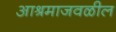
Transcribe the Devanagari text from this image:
आश्रमाजवळील